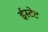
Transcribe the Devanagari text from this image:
ईस्टेट